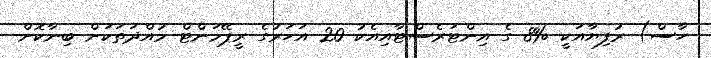
ހާސް) ރުފިޔާއަކީ %8 ގެ އިންޓަރެސްޓާއިއެކު 20 އަހަރުގެ ރީޕޭމަންޓް މުއްދަތަކަށް ބިނާކޮށް